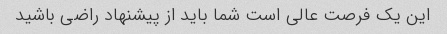
این یک فرصت عالی است شما باید از پیشنهاد راضی باشید